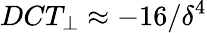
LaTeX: DCT_{\perp}\approx-16/\delta^{4}